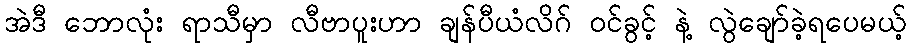
အဲဒီ ဘောလုံး ရာသီမှာ လီဗာပူးဟာ ချန်ပီယံလိဂ် ဝင်ခွင့် နဲ့ လွဲချော်ခဲ့ရပေမယ့်